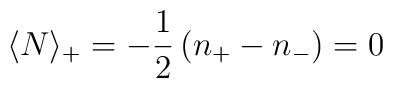
\langle N \rangle_{+} =-\frac{1}{2}\left(n_+-n_-\right)= 0